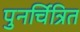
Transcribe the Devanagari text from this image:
पुनर्चित्रित